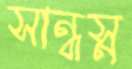
সান্ধস্ন